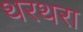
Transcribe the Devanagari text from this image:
थरथरा